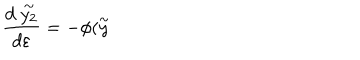
\frac { d \stackrel { \sim } { y _ { 2 } } } { d \varepsilon } = - \phi ( \stackrel { \sim } { y }